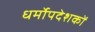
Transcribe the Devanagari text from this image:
धर्मोपदेशकों